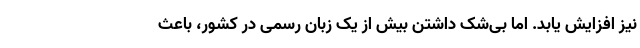
نیز افزایش یابد. اما بی‌شک داشتن بیش از یک زبان رسمی در کشور، باعث